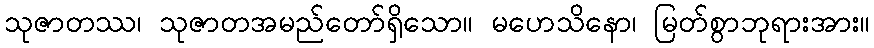
သုဇာတဿ၊ သုဇာတအမည်တော်ရှိသော။ မဟေသိနော၊ မြတ်စွာဘုရားအား။